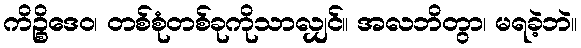
ကိဉ္စိဒေဝ၊ တစ်စုံတစ်ခုကိုသာလျှင်။ အလဘိတွာ၊ မရခဲ့ဘဲ။